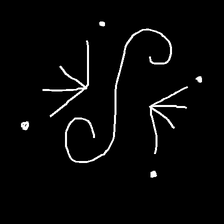
Glyph: aeroform